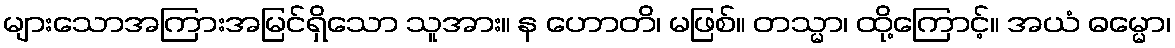
များသောအကြားအမြင်ရှိသော သူအား။ န ဟောတိ၊ မဖြစ်။ တသ္မာ၊ ထို့ကြောင့်။ အယံ ဓမ္မော၊